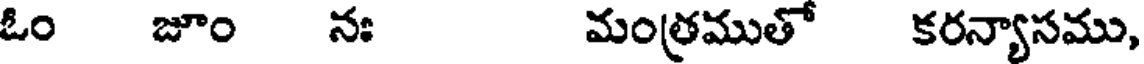
ఓం జూం నః మంత్రముతో కరన్యాసము,